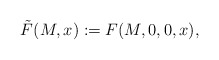
\begin{align*}\tilde{F}(M,x):=F(M,0,0,x),\end{align*}